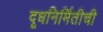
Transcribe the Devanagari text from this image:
दूधनिर्मितीची